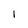
Character: 1